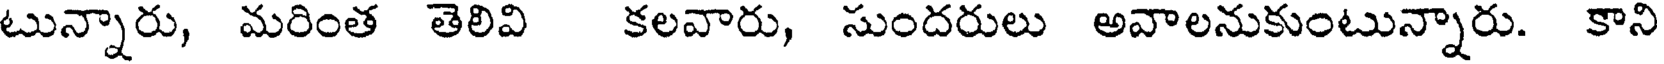
టున్నారు, మరింత తెలివి కలవారు, సుందరులు అవాలనుకుంటున్నారు. కాని